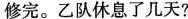
修完。乙队休息了几天？